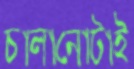
চালানোটাই